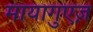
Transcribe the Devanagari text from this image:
मायागुएज़